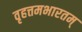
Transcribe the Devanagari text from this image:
वृहत्तमभारतम्